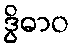
ဒွိဓာဝ